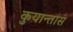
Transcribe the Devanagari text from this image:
कुयान्तास